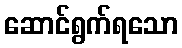
ဆောင်ရွက်ရသော